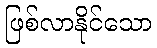
ဖြစ်လာနိုင်သော